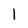
Character: l